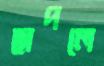
ছাপলে